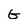
Character: G